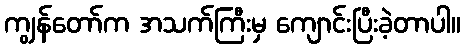
ကျွန်တော်က အသက်ကြီးမှ ကျောင်းပြီးခဲ့တာပါ။